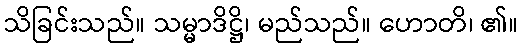
သိခြင်းသည်။ သမ္မာဒိဋ္ဌိ၊ မည်သည်။ ဟောတိ၊ ၏။